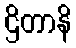
ဌိတာနိ